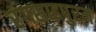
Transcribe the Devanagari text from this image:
रंगसाइपुरम